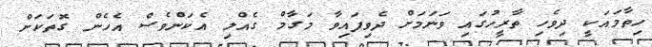
ހިތާމައަކީ ދިވެހި ތާރީހުގައި ވަނަމަށް ދެވިފައިވާ މަގާމް ގެއްލި އެކަންވެސް އެހެން ގޮތަކަށް